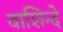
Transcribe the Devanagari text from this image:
वाशिन्दे